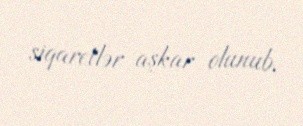
siqaretlər aşkar olunub.